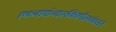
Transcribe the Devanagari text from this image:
एकनाथांच्यारुक्मिणीस्वयंवराने